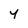
Character: Y